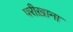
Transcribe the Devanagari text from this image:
परीख़ाना